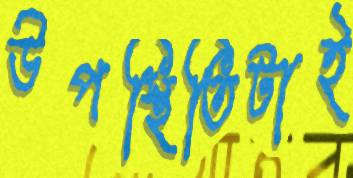
উপস্থিতিটাই